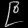
Digit: ၉